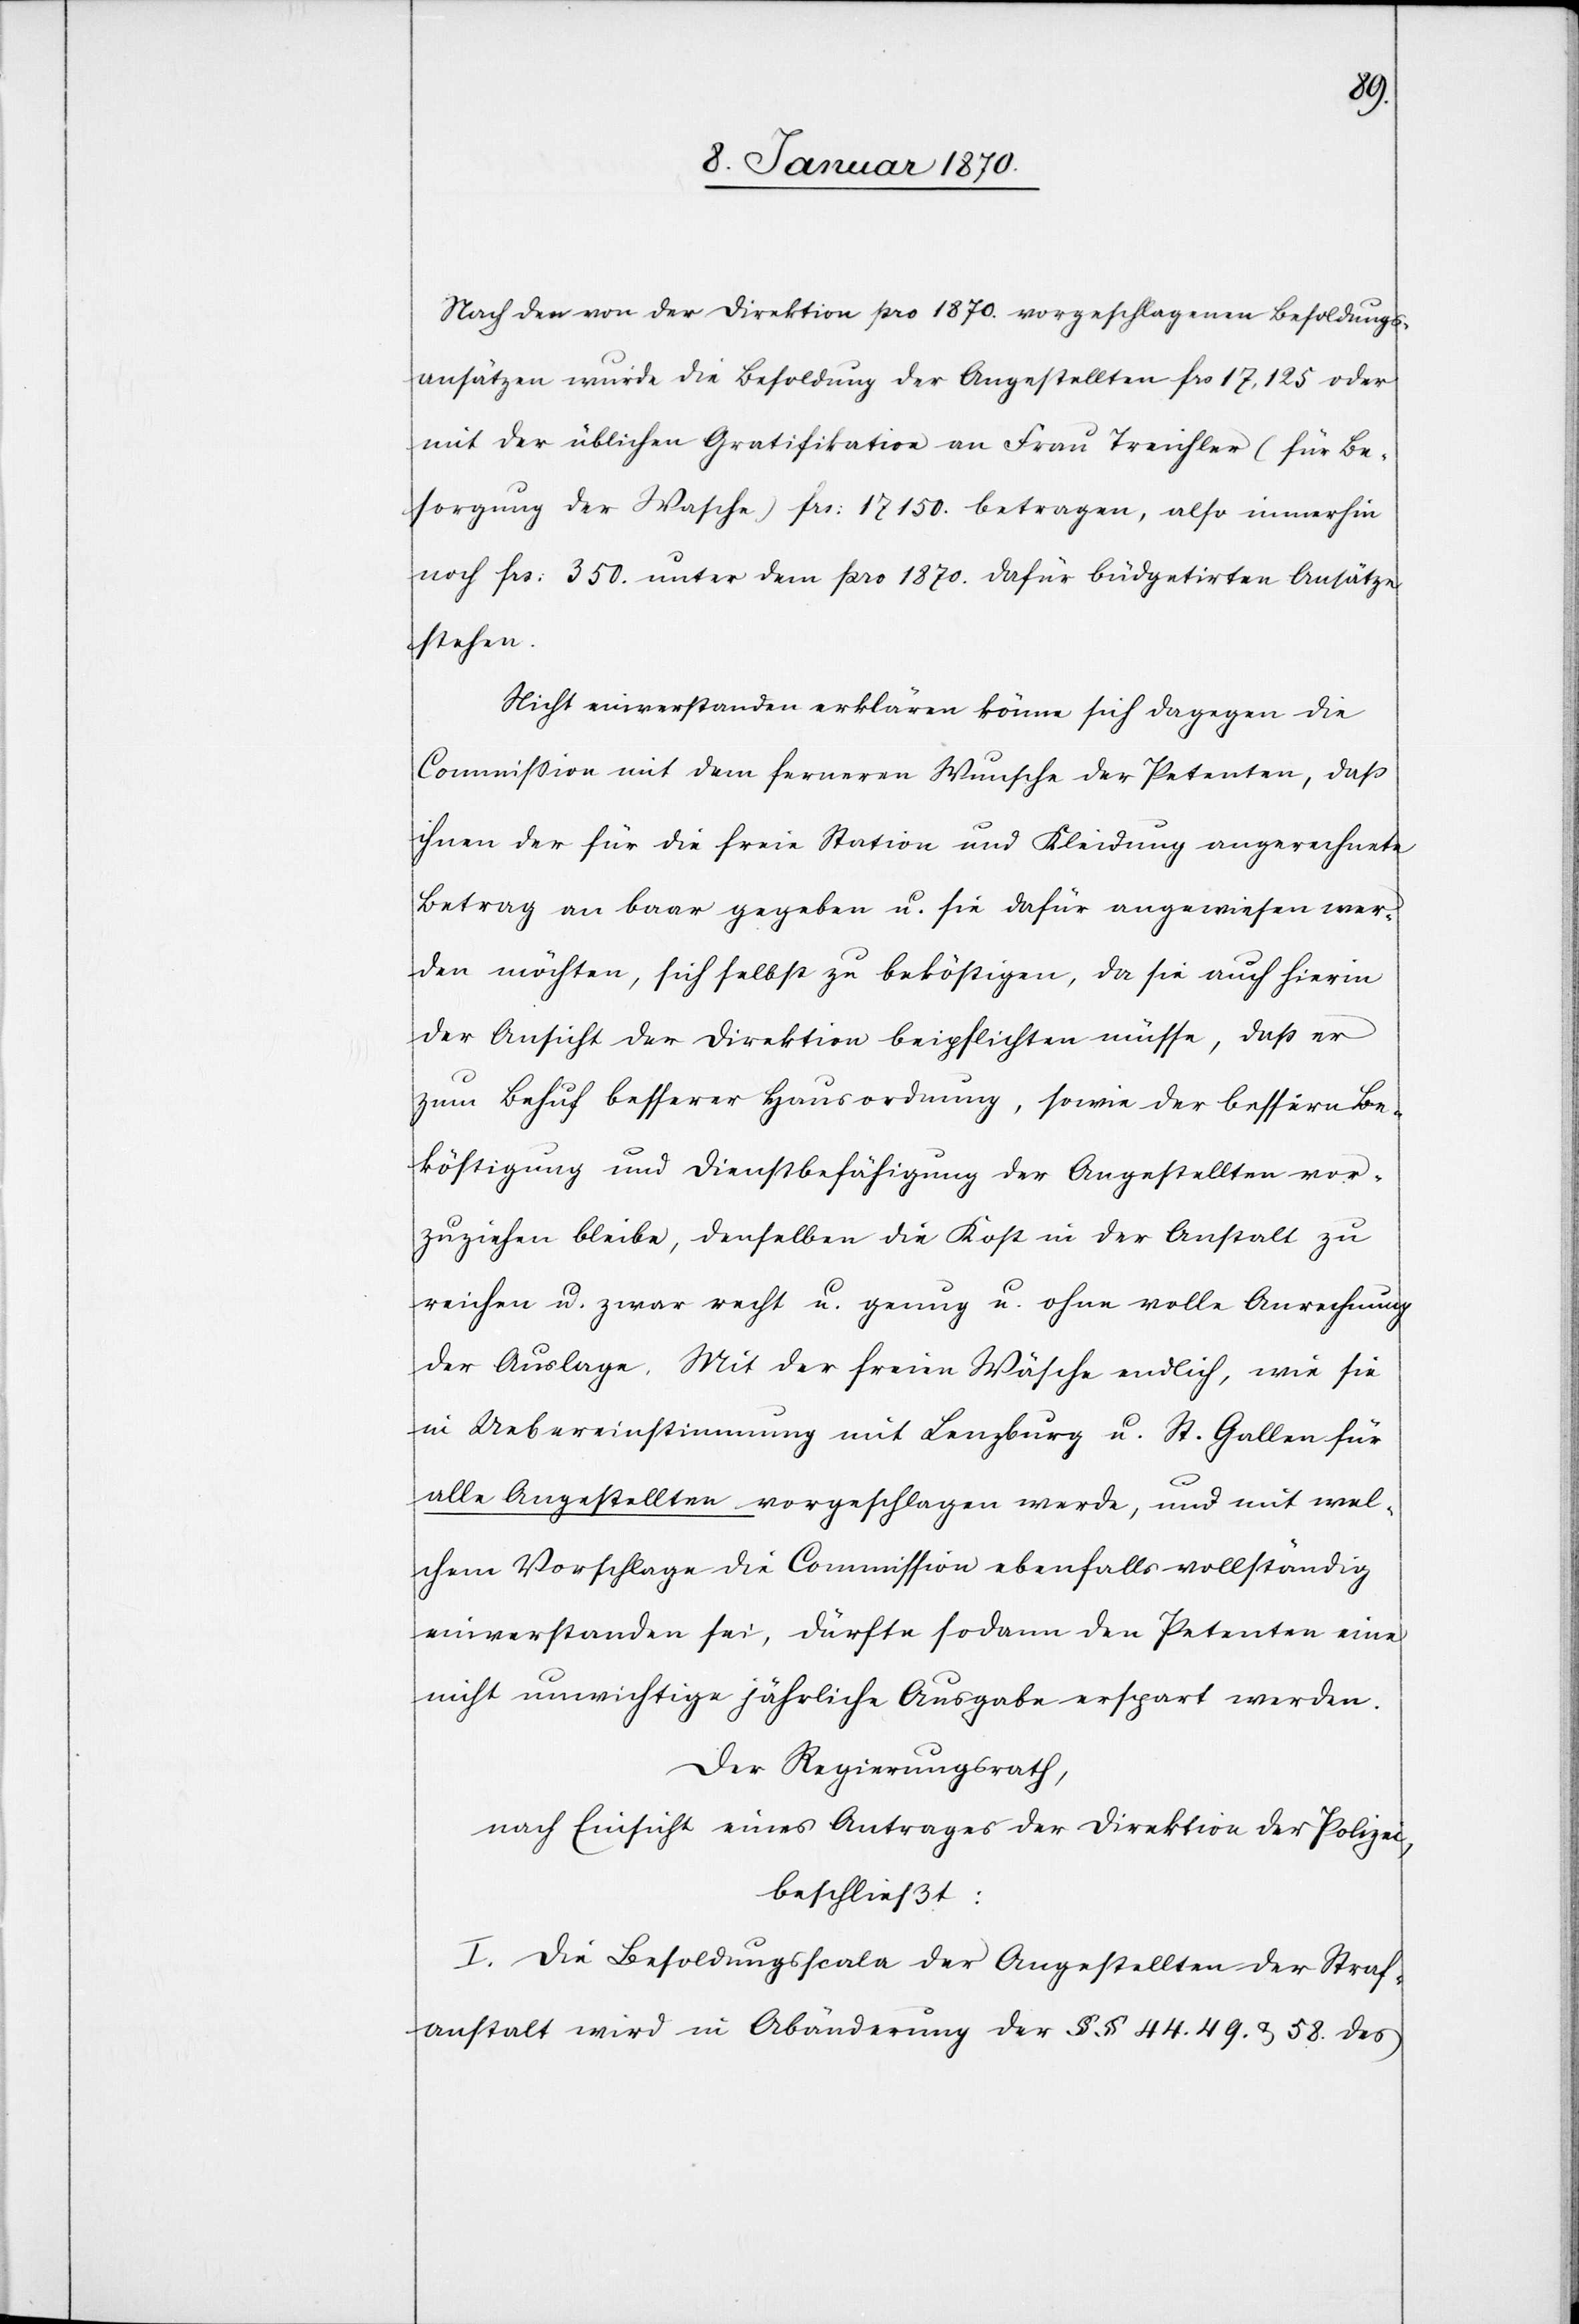
Nach den von der Direktion pro 1870. vorgeschlagenen Besoldungs¬
ansätzen wurde die Besoldung der Angestellten frs 17,125 oder
mit der üblichen Gratifikation an Frau Treichler (für Be¬
sorgung der Wasche) frs: 17 150. betragen, also immerhin
noch frs: 350. unter dem pro 1870. dafür büdgetirten Ansätze
stehen.
Nicht einverstanden erklären könne sich dagegen die
Commission mit dem ferneren Wunsche der Petenten, daß
ihnen der für die freie Station und Kleidung angerechnete
Betrag an baar gegeben u. sie dafür angewiesen wer¬
den möchten, sich selbst zu beköstigen, da sie auch hierin
der Ansicht der Direktion beipflichten müsse, daß er
zum Behuf besserer Hausordnung, sowie der bessern Be¬
köstigung und Dienstbefähigung der Angestellten vor¬
zuziehen bleibe, denselben die Kost in der Anstalt zu
reichen u. zwar recht u. genug u. ohne volle Anrechnung
der Auslage. Mit der freien Wäsche endlich, wie sie
in Uebereinstimmung mit Lenzburg u. St. Gallen für
alle Angestellten vorgeschlagen werde, und mit wel¬
chem Vorschlage die Commission ebenfalls vollständig
einverstanden sei, dürfte sodann den Petenten eine
nicht unwichtige jährliche Ausgabe erspart werden.
Der Regierungsrath,
nach Einsicht eines Antrages der Direktion der Polizei,
beschließt:
I. Die Besoldungsscala der Angestellten der Straf¬
anstalt wird in Abänderung der §§ 44. 49. u. 58. des